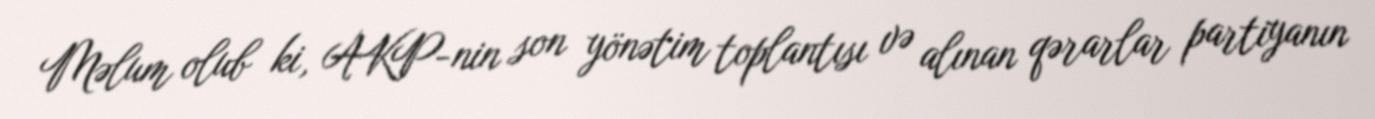
Məlum olub ki, AKP-nin son yönətim toplantısı və alınan qərarlar partiyanın